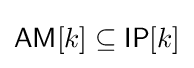
{\mathsf {AM}}[k]\subseteq {\mathsf {IP}}[k]